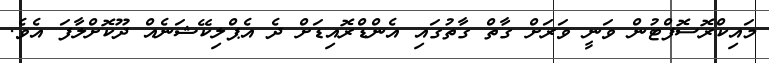
މައިކްރޮސޮފްޓުން ވަނީ ވަރަށް ގާތް ގާތުގައި އެންޑްރޮއިޑަށް ދެ އެޕްލިކޭޝަނެއް ދޫކޮށްލާފަ އެވެ.